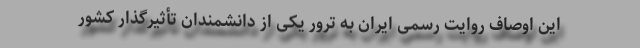
این اوصاف روایت رسمی ایران به ترور یکی از دانشمندان‌ تأثیرگذار کشور